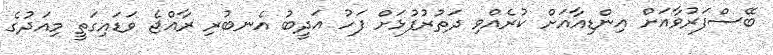
ބޭސްފަރުވާއަށް އިންޑިއާއަށް ކުރެއްވި ދަތުރުފުޅަށް ފަހު އަދީބު އެނބުރި ރާއްޖެ ވަޑައިގަތީ މިއަދުގެ